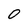
Character: 0